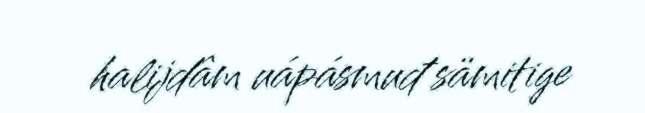
halijdâm uápásmuđ sämitige